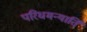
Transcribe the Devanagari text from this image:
परिधमन्यार्ति